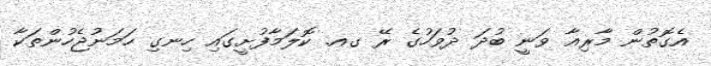
އެގޮތުން މާރިއާ ވަނީ ބުދަ ދުވަހުގެ ރޭ ގއ. ކޮލަމާފުށީގައި ހިނގި ހަމަނުޖެހުންތަކާ